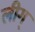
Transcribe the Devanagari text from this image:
लीग्